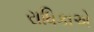
રાધિકાએ